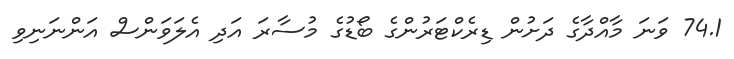
74.1 ވަނަ މާއްދާގެ ދަށުން ޑިރެކްޓަރުންގެ ބޯޑުގެ މުސާރަ އަދި އެލަވަންސް އަންނަނިވި